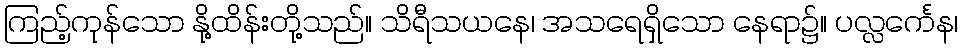
ကြည့်ကုန်သော နို့ထိန်းတို့သည်။ သိရီသယနေ၊ အသရေရှိသော နေရာ၌။ ပလ္လင်္ကေန၊